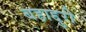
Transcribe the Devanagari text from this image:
बहाद्दुरी